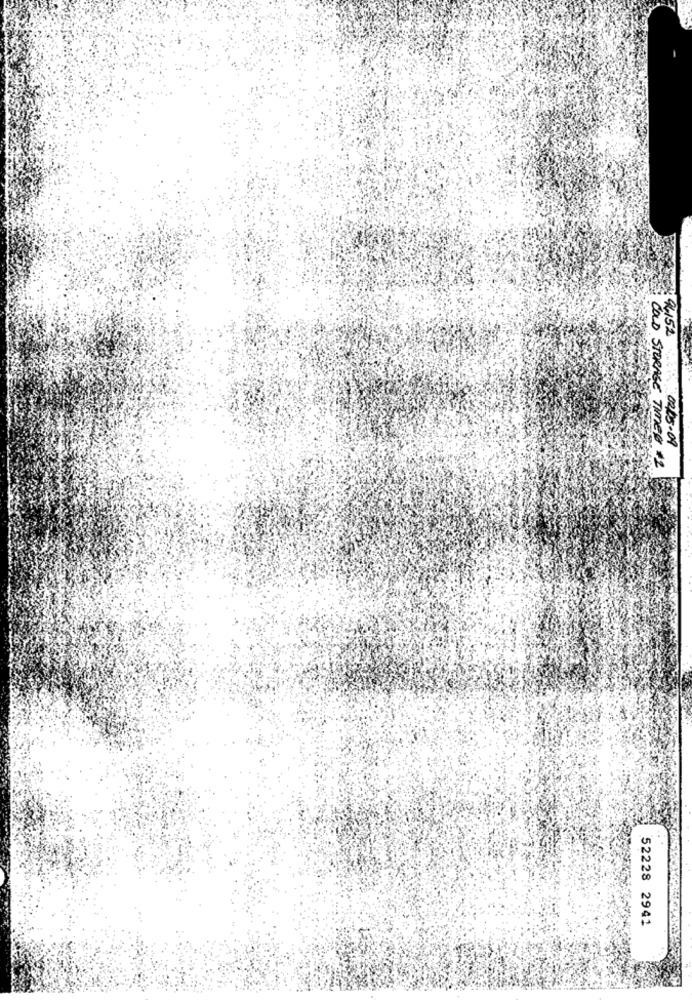
94152
02/05-09
COLD STORAGE TIMEN +2
52228 2941